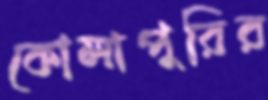
কোলাপুরির